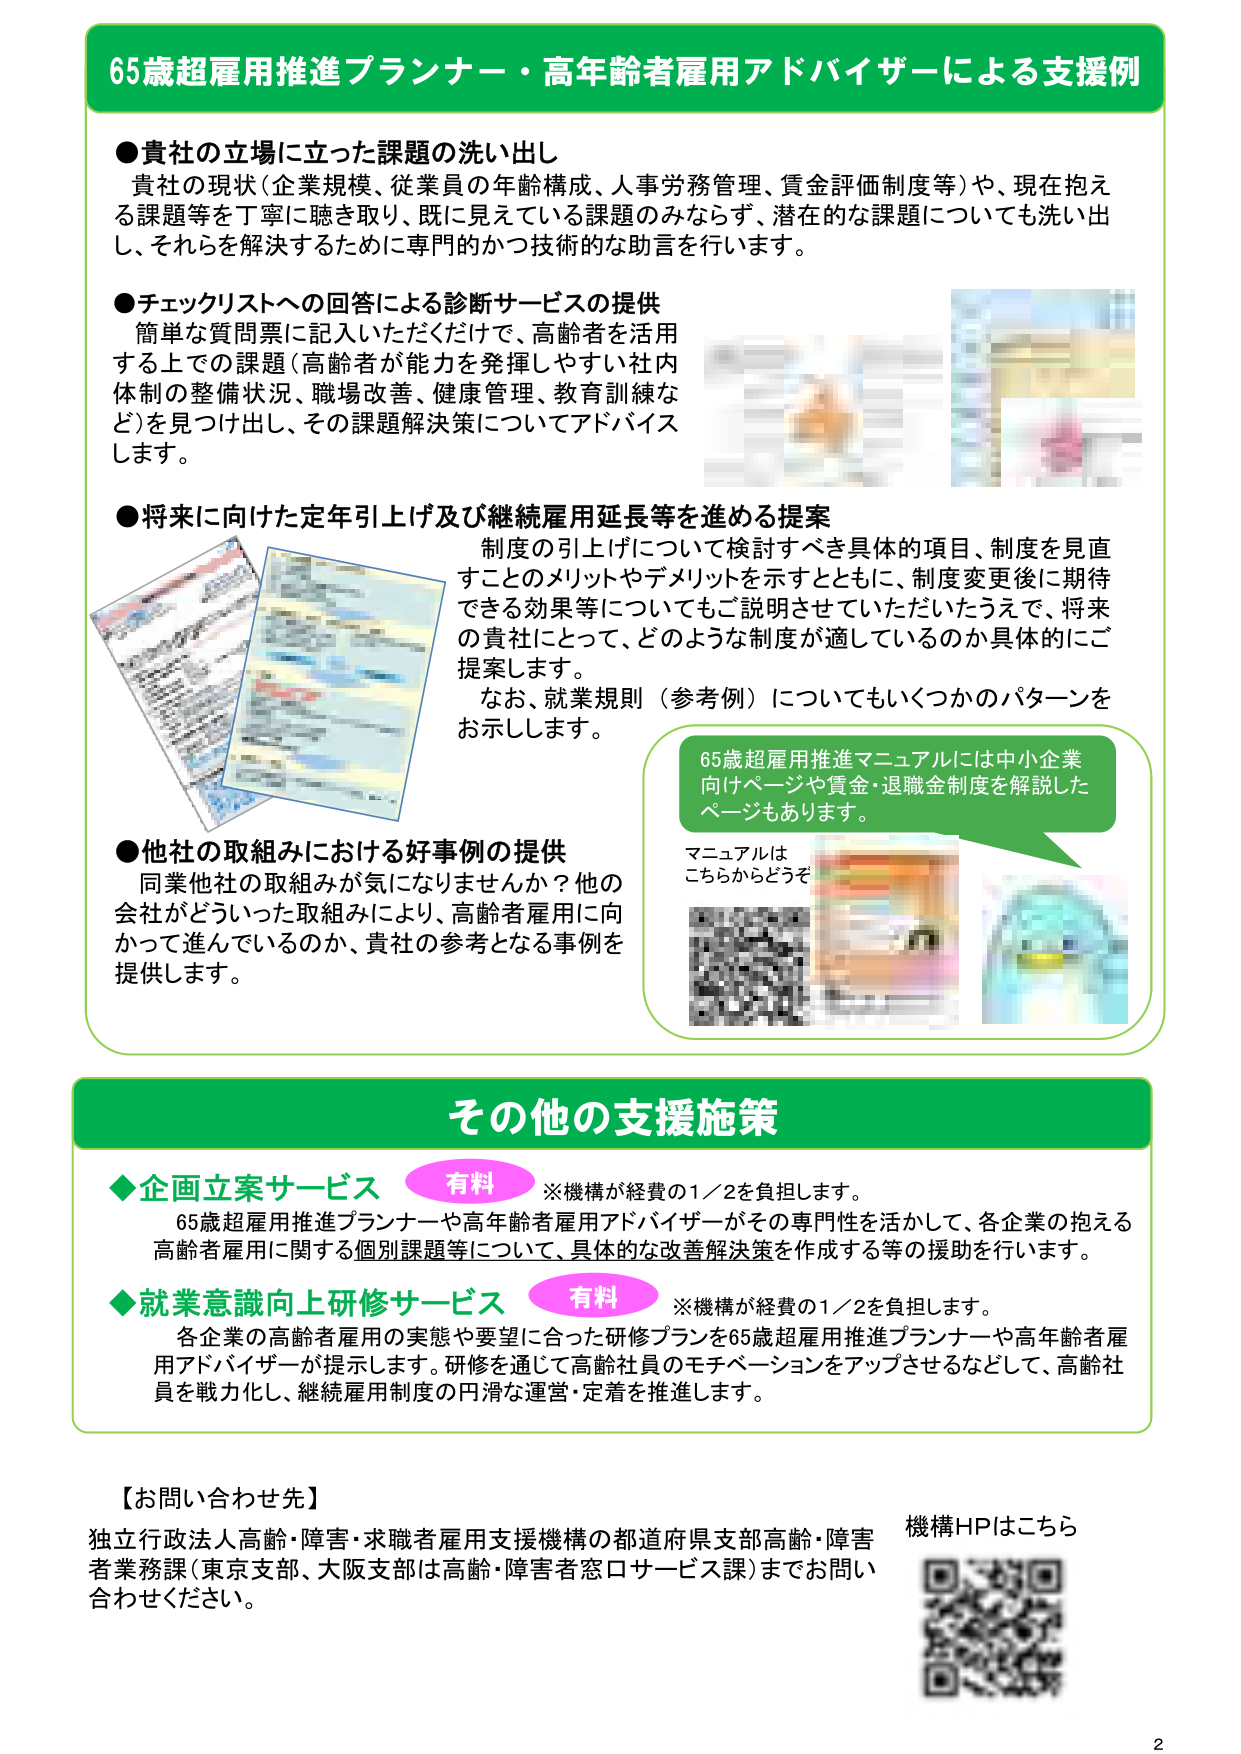
65歳超雇用推進プランナー・高年齢者雇用アドバイザーによる支援例

●貴社の立場に立った課題の洗い出し
貴社の現状（企業規模、従業員の年齢構成、人事労務管理、賃金評価制度等）や、現在抱える課題等を丁寧に聴き取り、既に見えている課題のみならず、潜在的な課題についても洗い出し、それらを解決するために専門的かつ技術的な助言を行います。

●チェックリストへの回答による診断サービスの提供
簡単な質問票に記入いただくだけで、高齢者を活用する上での課題（高齢者が能力を発揮しやすい社内体制の整備状況、職場改善、健康管理、教育訓練など）を見つけ出し、その課題解決策についてアドバイスします。

●将来に向けた定年引上げ及び継続雇用延長等を進める提案
制度の引上げについて検討すべき具体的項目、制度を見直すことのメリットやデメリットを示すとともに、制度変更後に期待できる効果等についてもご説明させていただきたうえで、将来の貴社にとって、どのような制度が適しているのか具体的にご提案します。
なお、就業規則（参考例）についてもいくつかのパターンをお示しします。

●他社の取組みにおける好事例の提供
同業他社の取組みが気になりませんか？他の会社がどういった取組みにより、高齢者雇用に向かって進んでいるのか、貴社の参考となる事例を提供します。

65歳超雇用推進マニュアルには中小企業向けページや賃金・退職金制度を解説したページもあります。
マニュアルはこちらからどうぞ

その他の支援施策

◆企画立案サービス 有料 ※機構が経費の1／2を負担します。
65歳超雇用推進プランナーや高年齢者雇用アドバイザーがその専門性を活かして、各企業の抱える高齢者雇用に関する個別課題等について、具体的な改善解決策を作成する等の援助を行います。

◆就業意識向上研修サービス 有料 ※機構が経費の1／2を負担します。
各企業の高齢者雇用の実態や要望に合った研修プランを65歳超雇用推進プランナーや高年齢者雇用アドバイザーが提示します。研修を通じて高齢社員のモチベーションをアップさせるなどして、高齢社員を戦力化し、継続雇用制度の円滑な運営・定着を推進します。

【お問い合わせ先】
独立行政法人高齢・障害・求職者雇用支援機構の都道府県支部高齢・障害者業務課（東京支部、大阪支部は高齢・障害者窓口サービス課）までお問い合わせください。
機構HPはこちら

2